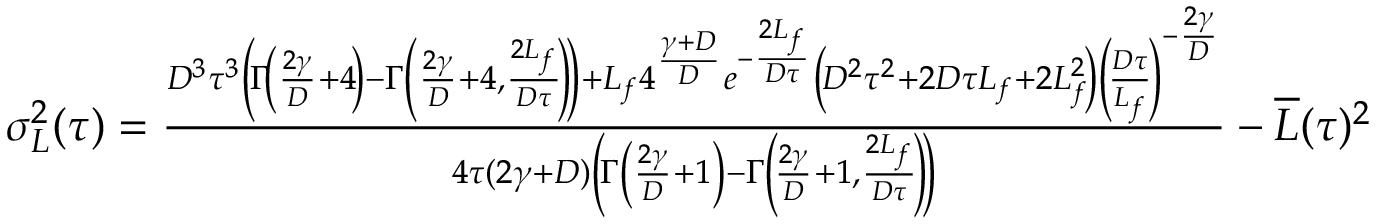
\begin{array} { r } { \sigma _ { L } ^ { 2 } ( \tau ) = \frac { D ^ { 3 } \tau ^ { 3 } \left( \! \Gamma \! \left( \frac { 2 \gamma } { D } + 4 \! \right) - \Gamma \left( \frac { 2 \gamma } { D } + 4 , \frac { 2 L _ { f } } { D \tau } \! \right) \! \right) + L _ { f } 4 ^ { \frac { \gamma + D } { D } } e ^ { - \frac { 2 L _ { f } } { D \tau } } \left( \! D ^ { 2 } \tau ^ { 2 } + 2 D \tau L _ { f } + 2 L _ { f } ^ { 2 } \! \right) \left( \! \frac { D \tau } { L _ { f } } \! \right) ^ { - \frac { 2 \gamma } { D } } } { 4 \tau ( 2 \gamma + D ) \left( \! \Gamma \left( \frac { 2 \gamma } { D } + 1 \right) - \Gamma \left( \! \frac { 2 \gamma } { D } + 1 , \frac { 2 L _ { f } } { D \tau } \! \right) \! \right) } - \overline { { L } } ( \tau ) ^ { 2 } } \end{array}